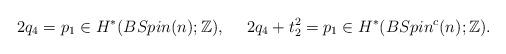
LaTeX: \begin{align*}2q_4=p_1\in H^\ast(BSpin(n);\mathbb{Z}), \ \ \ \ 2q_4+t_2^2=p_1\in H^\ast(BSpin^c(n);\mathbb{Z}). \end{align*}